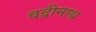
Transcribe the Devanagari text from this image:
वद्रीनाथ